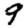
Digit: 9